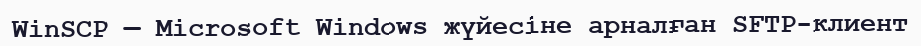
WinSCP — Microsoft Windows жүйесіне арналған SFTP-клиент